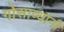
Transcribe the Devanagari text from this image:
गोसाव्यांनी